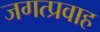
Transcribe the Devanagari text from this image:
जगत्प्रवाह